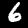
Digit: 6